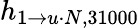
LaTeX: h_{1\rightarrow u\cdot N,31000}